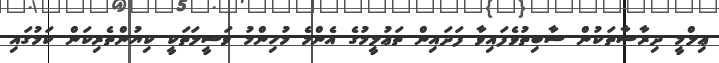
ޢިލްމީ ދިރާސާތަކުން ސާބިތުވެފައިވާ ފަދައިން ތަޢުލީމުގެ އެންމެ މުހިންމު ވަސީލަތަކީ ކިޔުންތެރިކަން ކަމުގައި